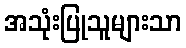
အသုံးပြုသူများသာ